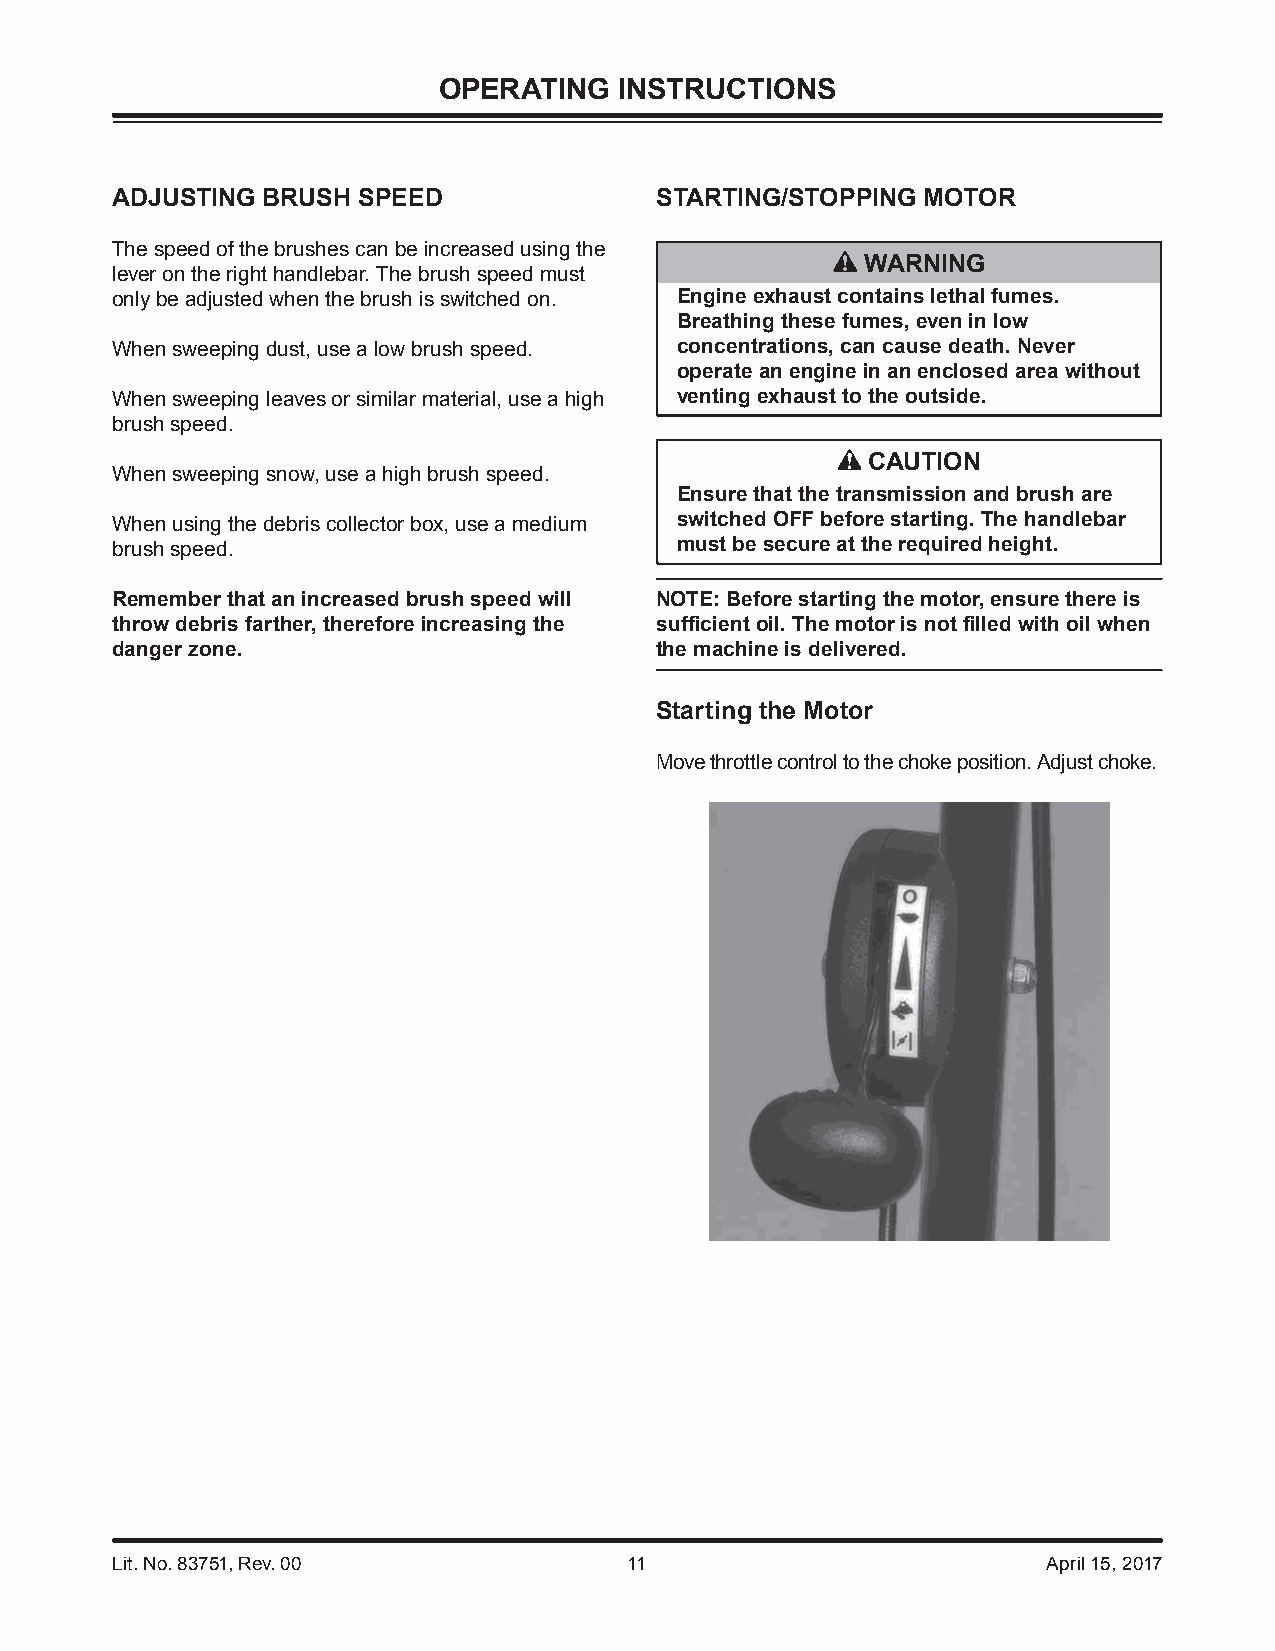
OPERATING   INSTRUCTIONS
 ADJUSTING BRUSH  SPEED              STARTING/STOPPING MOTOR
 The speed of the brushes can be increased using the
 WARNING
 lever on the right handlebar. The brush speed must
 only be adjusted when the brush is switched on. Engine exhaust contains lethal fumes.
 Breathing these fumes, even in low
 When sweeping dust, use a low brush speed. concentrations, can cause death. Never
 operate an engine in an enclosed area without
 When sweeping leaves or similar material, use a high venting exhaust to the outside.
 brush speed.
 CAUTION
 When sweeping snow, use a high brush speed.
 Ensure that the transmission and brush are
 When using the debris collector box, use a medium switched OFF before starting. The handlebar
 brush speed.                          must be secure at the required height.
 Remember that an increased brush speed will NOTE: Before starting the motor, ensure there is
 throw debris farther, therefore increasing the suffi cient oil. The motor is not fi lled with oil when
 danger zone.                        the machine is delivered.
 Starting the Motor
 Move throttle control to the choke position. Adjust choke.
 Lit. No. 83751, Rev. 00            11                         April 15, 2017